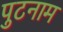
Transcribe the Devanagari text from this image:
पुटनाम